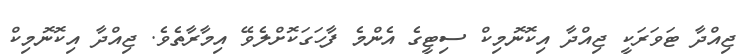
ޖިއްދާ ޓަވަރަކީ ޖިއްދާ އިކޮނޮމިކް ސިޓީގެ އެންމެ ފާހަގަކޮށްލެވޭ އިމާރާތެވެ. ޖިއްދާ އިކޮނޮމިކް